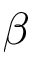
\beta